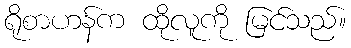
ရိုစာဟန်က ထိုလူကို မြင်သည်။